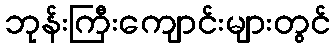
ဘုန်းကြီးကျောင်းများတွင်